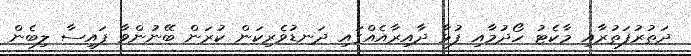
ދަތުރުފަތުރާއި މާކެޓު ހޯދުމާއި ފުޅާ ދާއިރާއެއްގައި ދަނޑުވެރިކަން ކުރަން ބޭނުންވާ ފައިސާ ލިބެން